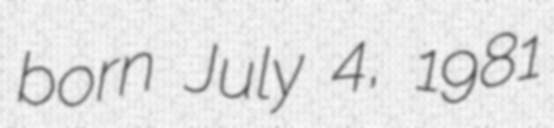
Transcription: born July 4, 1981